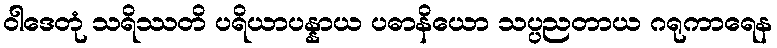
ဝါဒေတုံ သရိဿတိ ပရိယာပန္နာယ ပဓာနိယော သပ္ပညတာယ ဂရုကာရေန